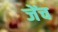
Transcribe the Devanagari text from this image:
जेंच